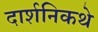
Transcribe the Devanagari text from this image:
दार्शनिकथे